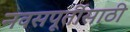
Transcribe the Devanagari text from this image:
नवसपूर्तीसाठी